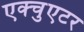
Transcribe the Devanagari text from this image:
एक्चुएटर